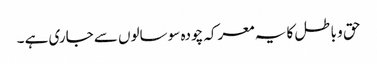
حق و باطل کا یہ معرکہ چودہ سو سالوں سے جاری ہے ۔